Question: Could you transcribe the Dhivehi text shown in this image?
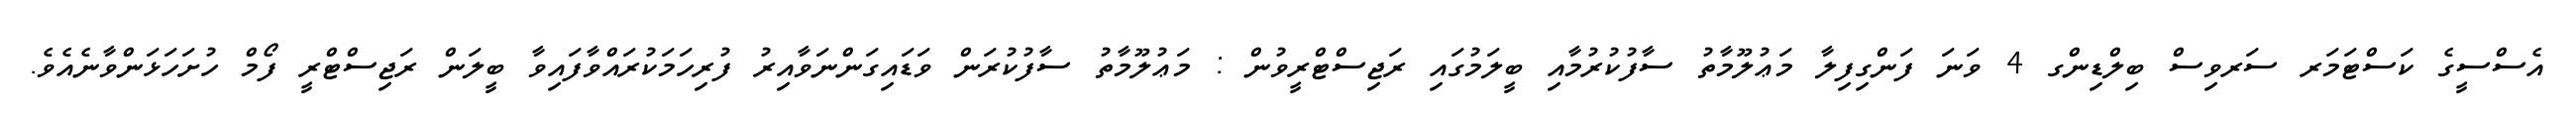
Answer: އެސްސީގެ ކަސްޓަމަރ ސަރވިސް ބިލްޑިންގ 4 ވަނަ ފަންގިފިލާ މަޢުލޫމާތު ސާފުކުރުމާއި ބީލަމުގައި ރަޖިސްޓްރީވުން : މަޢުލޫމާތު ސާފުކުރަން ވަޑައިގަންނަވާއިރު ފުރިހަމަކުރައްވާފައިވާ ބީލަން ރަޖިސްޓްރީ ފޯމް ހުށަހަޅަންވާނެއެވެ.